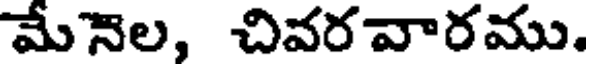
మేనెల, చివరవారము.